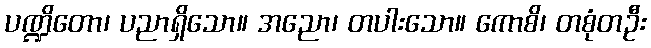
ပဏ္ဍိတော၊ ပညာရှိသော။ အညော၊ တပါးသော။ ကောစိ၊ တစုံတဦး